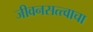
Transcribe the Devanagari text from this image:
जीवनसत्त्वाचा